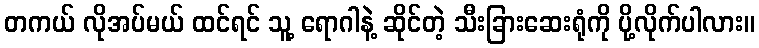
တကယ် လိုအပ်မယ် ထင်ရင် သူ့ ရောဂါနဲ့ ဆိုင်တဲ့ သီးခြားဆေးရုံကို ပို့လိုက်ပါလား။